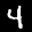
Label: 4